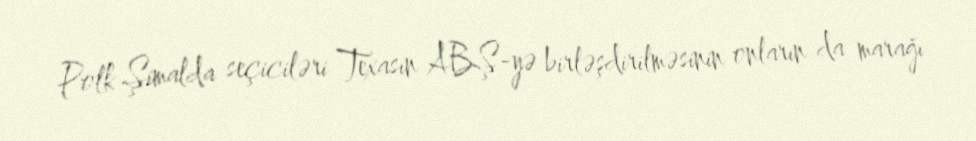
Polk Şimalda seçiciləri Texasın ABŞ-yə birləşdirilməsinin onların da marağı